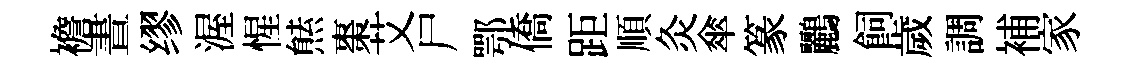
襜晝缪渥惺㷱棗艾尸鄂僑距順灸傘篆鸝飼歲調補家